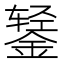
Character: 𰼻